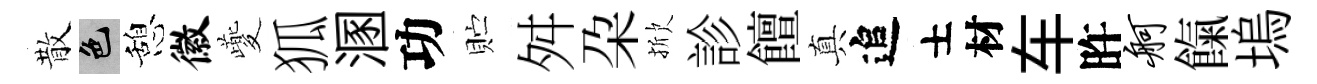
散色憩徽夔狐溷功贮舛朶掀診饘真追士材车旿舸餼塢